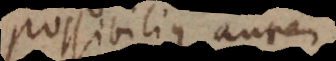
Possibilius autem